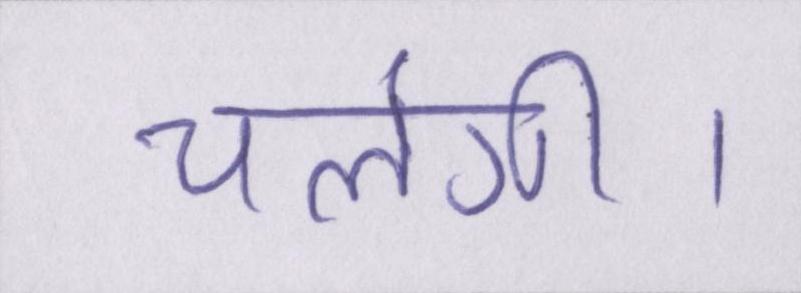
चलेंगी।